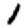
Digit: 1